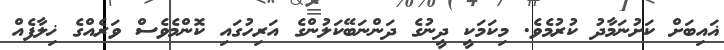
ޣައިބަށް ކަށުނަމާދު ކުރުމެވެ. މިކަމަކީ ދީނުގެ ދަންނަބޭކަލުންގެ އަރިހުގައި ކޮންމެވެސް ވަރެއްގެ ޚިލާފެއް